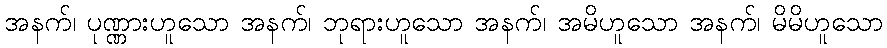
အနက်၊ ပုဏ္ဏားဟူသော အနက်၊ ဘုရားဟူသော အနက်၊ အမိဟူသော အနက်၊ မိမိဟူသော